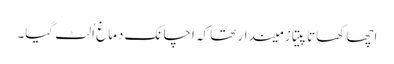
اچھا کھاتا پیتا زمیندار تھا کہ اچانک دماغ اُلٹ گیا۔